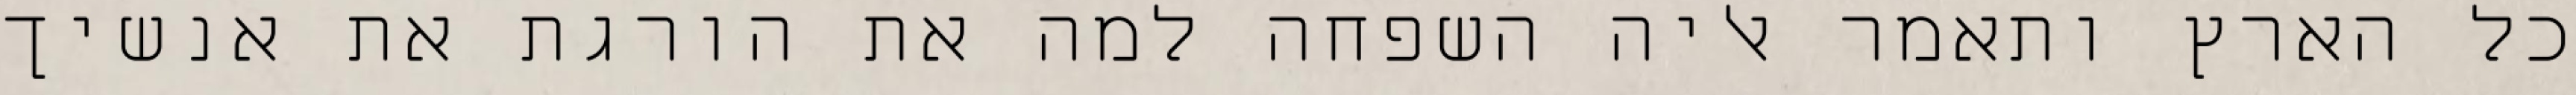
כל הארץ ותאמר אליה השפחה למה את הורגת את אנשיך